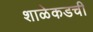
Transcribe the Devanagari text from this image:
शाळेकडची